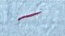
-